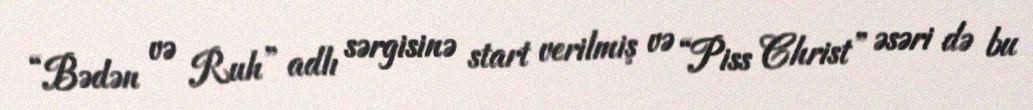
“Bədən və Ruh” adlı sərgisinə start verilmiş və “Piss Christ” əsəri də bu